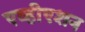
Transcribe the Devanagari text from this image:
एव्हीएशन